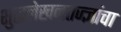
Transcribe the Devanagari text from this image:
शुद्धलेखनतज्‍ज्ञांचा